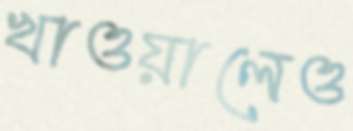
খাওয়ালেও